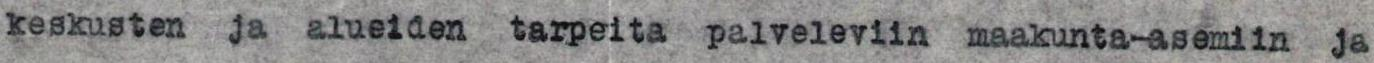
keskusten ja alueiden tarpeita palveleviin maakunta-asemiin ja